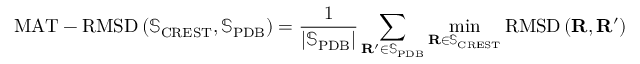
\mathrm { M A T - R M S D } \left( \mathbb { S } _ { \mathrm { C R E S T } } , \mathbb { S } _ { \mathrm { P D B } } \right) = \frac { 1 } { \lvert \mathbb { S } _ { \mathrm { P D B } } \rvert } \sum _ { \mathbf { R } ^ { \prime } \in \mathbb { S } _ { \mathrm { P D B } } } \operatorname* { m i n } _ { \mathbf { R } \in \mathbb { S } _ { \mathrm { C R E S T } } } \mathrm { R M S D } \left( \mathbf { R } , \mathbf { R } ^ { \prime } \right)